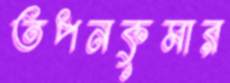
তপনকুমার